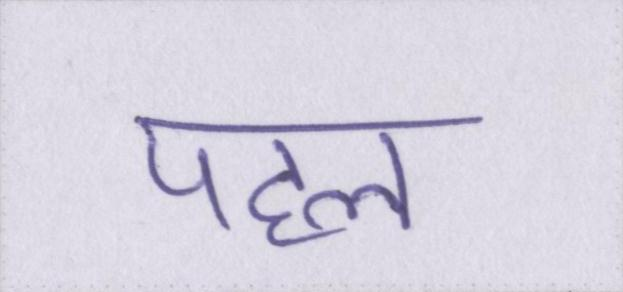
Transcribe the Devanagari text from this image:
पहल